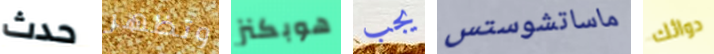
حدث وتظهر هوبكنز يجب ماساتشوستس دوائك